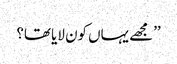
’’مجھے یہاں کون لایا تھا؟